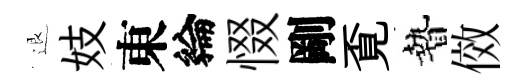
退妓東綸惙剛覔贄傚